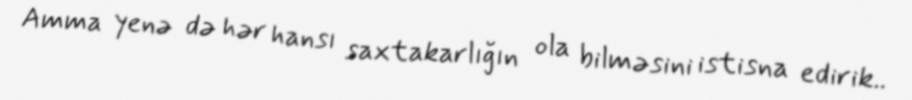
Amma yenə də hər hansı saxtakarlığın ola bilməsini istisna edirik..